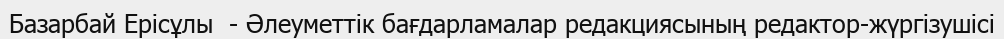
Базарбай Ерісұлы  - Әлеуметтік бағдарламалар редакциясының редактор-жүргізушісі